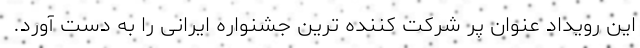
این رویداد عنوان پر شرکت کننده ترین جشنواره ایرانی را به دست آورد.